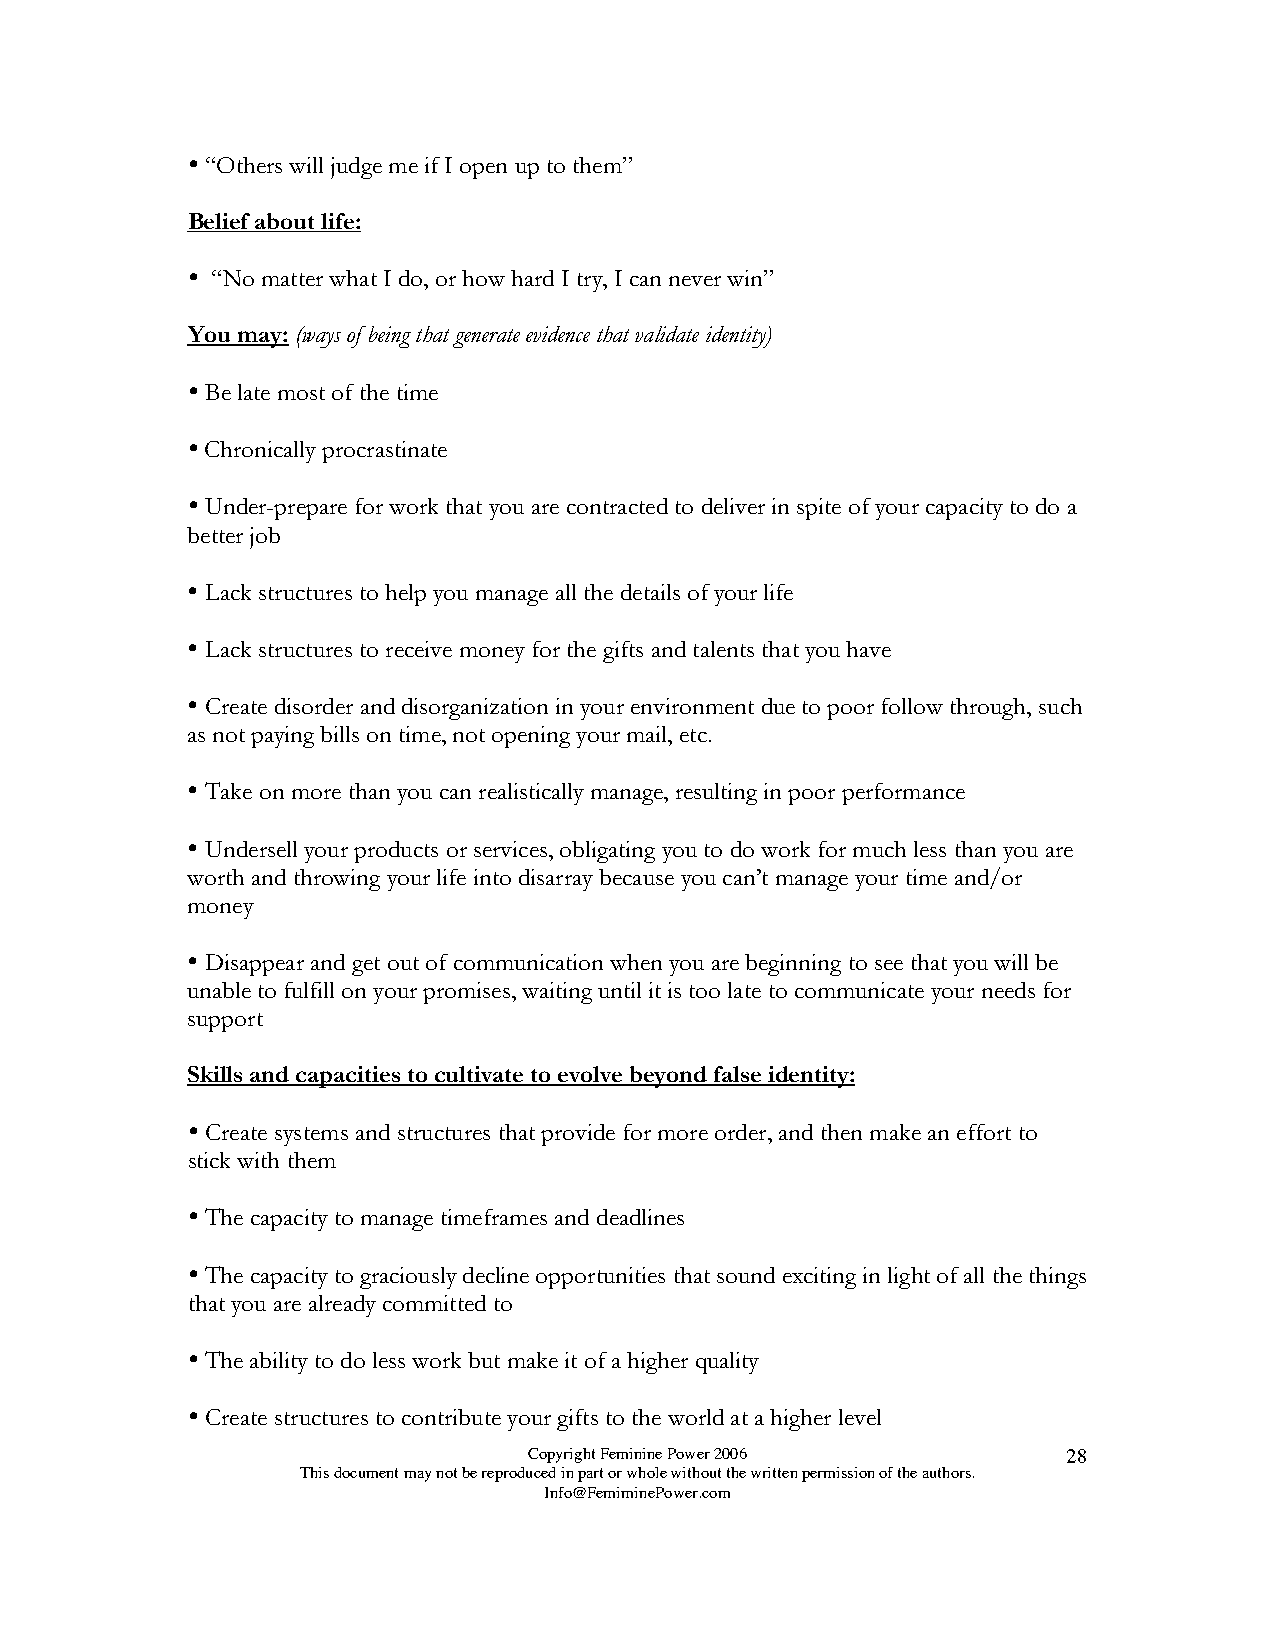

 “Others will judge me if I open up to them”
 Belief about life:
 
 “No matter what I do, or how hard I try, I can never win”
 You may: (ways of being that generate evidence that validate identity)
 
 Be late most of the time
 
 Chronically procrastinate
 
 Under-prepare for work that you are contracted to deliver in spite of your capacity to do a
 better job
 
 Lack structures to help you manage all the details of your life
 
 Lack structures to receive money for the gifts and talents that you have
 
 Create disorder and disorganization in your environment due to poor follow through, such
 as not paying bills on time, not opening your mail, etc.
 
 Take on more than you can realistically manage, resulting in poor performance
 
 Undersell your products or services, obligating you to do work for much less than you are
 worth and throwing your life into disarray because you can’t manage your time and/or
 money
 
 Disappear and get out of communication when you are beginning to see that you will be
 unable to fulfill on your promises, waiting until it is too late to communicate your needs for
 support
 Skills and capacities to cultivate to evolve beyond false identity:
 
 Create systems and structures that provide for more order, and then make an effort to
 stick with them
 
 The capacity to manage timeframes and deadlines
 
 The capacity to graciously decline opportunities that sound exciting in light of all the things
 that you are already committed to
 
 The ability to do less work but make it of a higher quality
 
 Create structures to contribute your gifts to the world at a higher level
 Copyright Feminine Power 2006       28
 This document may not be reproduced in part or whole without the written permission of the authors.
 Info@FemiminePower.com